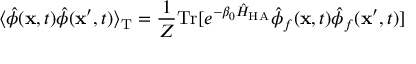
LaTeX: \langle \hat { \phi } ( { \bf x } , t ) \hat { \phi } ( { \bf x } ^ { \prime } , t ) \rangle _ { \mathrm { T } } = \frac { 1 } { { \cal Z } } \mathrm { T r } [ e ^ { - \beta _ { 0 } \hat { H } _ { \mathrm { H A } } } \hat { \phi } _ { f } ( { \bf x } , t ) \hat { \phi } _ { f } ( { \bf x } ^ { \prime } , t ) ]